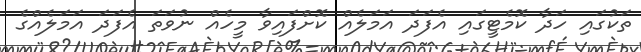
ތަކުގައި ހަދާ ކޮމެޓީގައި އެފަދަ އަމަލެއް ކޮށްފައިވާ މީހެއް ނުވަތަ އެފަދަ އަމަލެއްގެ